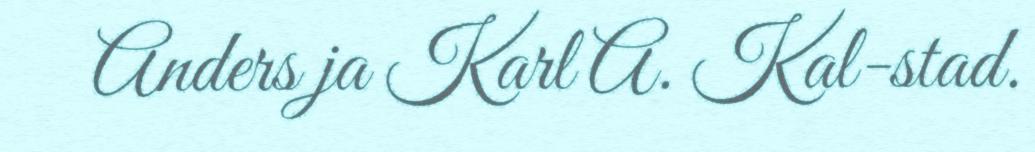
Anders ja Karl A. Kal-stad.